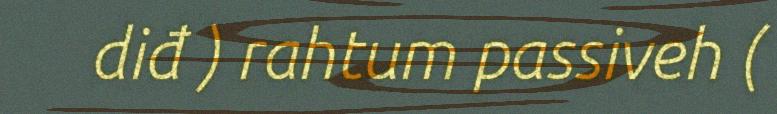
diđ ) rahtum passiveh (